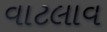
વાટલાવ